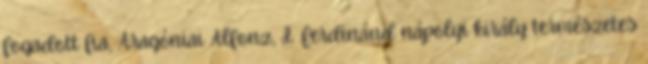
fogadott fia, Aragóniai Alfonz, I. Ferdinánd nápolyi király természetes